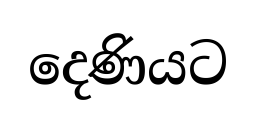
දෙණියට